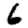
Digit: 6